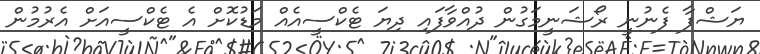
ޔަޝްފާ ފެނުނީ ރޯޝަނީމަގުން ދުއްވާފައި ދިޔަ ޓެކްސީއެއް މަޑުކޮށް އެ ޓެކްސީއަށް އެރުމުން